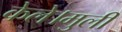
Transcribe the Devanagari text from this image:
केले।मुली